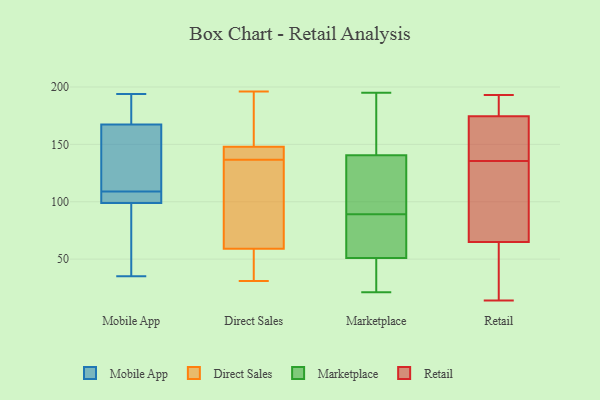
{"axis": {"x": "Backlog", "y": "Value"}, "legend": ["Direct Sales", "Marketplace", "Mobile App", "Retail"], "data": [{"x": "", "y": 137, "type": "Mobile App"}, {"x": "", "y": 97, "type": "Mobile App"}, {"x": "", "y": 79, "type": "Mobile App"}, {"x": "", "y": 109, "type": "Mobile App"}, {"x": "", "y": 124, "type": "Mobile App"}, {"x": "", "y": 165, "type": "Mobile App"}, {"x": "", "y": 168, "type": "Mobile App"}, {"x": "", "y": 106, "type": "Mobile App"}, {"x": "", "y": 94, "type": "Mobile App"}, {"x": "", "y": 194, "type": "Mobile App"}, {"x": "", "y": 107, "type": "Mobile App"}, {"x": "", "y": 188, "type": "Mobile App"}, {"x": "", "y": 105, "type": "Mobile App"}, {"x": "", "y": 184, "type": "Mobile App"}, {"x": "", "y": 35, "type": "Mobile App"}, {"x": "", "y": 57, "type": "Direct Sales"}, {"x": "", "y": 144, "type": "Direct Sales"}, {"x": "", "y": 59, "type": "Direct Sales"}, {"x": "", "y": 175, "type": "Direct Sales"}, {"x": "", "y": 109, "type": "Direct Sales"}, {"x": "", "y": 131, "type": "Direct Sales"}, {"x": "", "y": 148, "type": "Direct Sales"}, {"x": "", "y": 31, "type": "Direct Sales"}, {"x": "", "y": 196, "type": "Direct Sales"}, {"x": "", "y": 142, "type": "Direct Sales"}, {"x": "", "y": 87, "type": "Marketplace"}, {"x": "", "y": 40, "type": "Marketplace"}, {"x": "", "y": 171, "type": "Marketplace"}, {"x": "", "y": 127, "type": "Marketplace"}, {"x": "", "y": 145, "type": "Marketplace"}, {"x": "", "y": 43, "type": "Marketplace"}, {"x": "", "y": 89, "type": "Marketplace"}, {"x": "", "y": 21, "type": "Marketplace"}, {"x": "", "y": 75, "type": "Marketplace"}, {"x": "", "y": 195, "type": "Marketplace"}, {"x": "", "y": 102, "type": "Marketplace"}, {"x": "", "y": 54, "type": "Retail"}, {"x": "", "y": 183, "type": "Retail"}, {"x": "", "y": 59, "type": "Retail"}, {"x": "", "y": 190, "type": "Retail"}, {"x": "", "y": 146, "type": "Retail"}, {"x": "", "y": 14, "type": "Retail"}, {"x": "", "y": 24, "type": "Retail"}, {"x": "", "y": 73, "type": "Retail"}, {"x": "", "y": 193, "type": "Retail"}, {"x": "", "y": 151, "type": "Retail"}, {"x": "", "y": 71, "type": "Retail"}, {"x": "", "y": 138, "type": "Retail"}, {"x": "", "y": 189, "type": "Retail"}, {"x": "", "y": 166, "type": "Retail"}, {"x": "", "y": 133, "type": "Retail"}, {"x": "", "y": 111, "type": "Retail"}]}